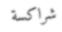
شراكسة